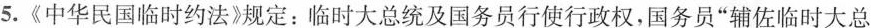
5.《中华民国临时约法》规定：临时大总统及国务员行使行政权，国务员”辅佐临时大总